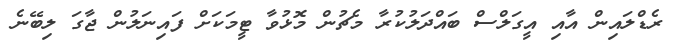
ރެޑްލައިން އާއި އީގަލްސް ބައްދަލުކުރާ މެޗުން މޮޅުވާ ޓީމަކަށް ފައިނަލުން ޖާގަ ލިބޭނެ